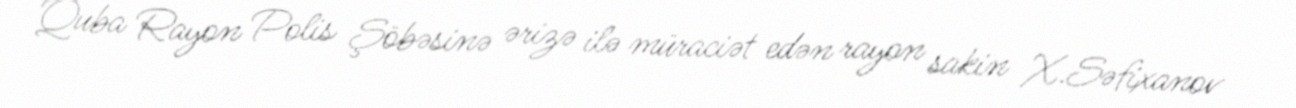
Quba Rayon Polis Şöbəsinə ərizə ilə müraciət edən rayon sakin X.Səfixanov